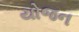
યોજન